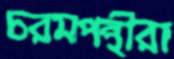
চরমপন্থীরা